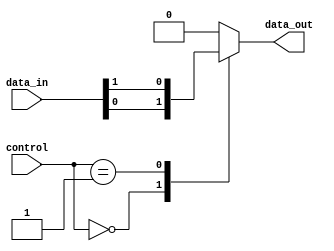
module multiplexer512to1 (
    input [511:0] data_in,
    input [8:0] control,
    output reg data_out 
);

always @(*)
begin
   case (control)
     9'b000000000: data_out = data_in[0];
     9'b000000001: data_out = data_in[1];
     // Continue for all 512 channels
     default: data_out = 0;
   endcase
end

endmodule